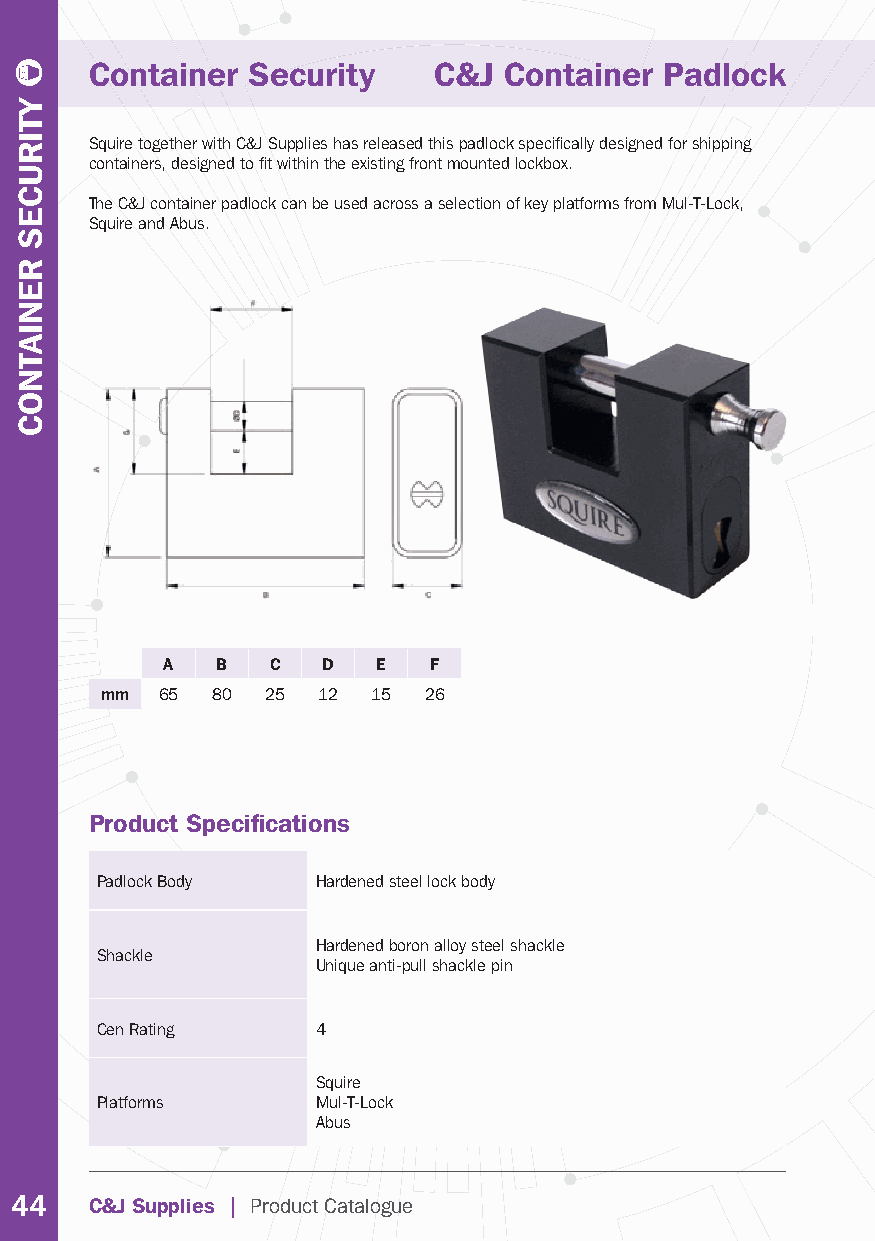
Container Security     C&J Container  Padlock
 Squire together with C&J Supplies has released this padlock specifi cally designed for shipping
 containers, designed to fi t within the existing front mounted lockbox.
 The C&J container padlock can be used across a selection of key platforms from Mul-T-Lock,
 Squire and Abus.
 A  B   C  D   E  F
 mm 65  80  25 12  15 26
 Product Specifi cations
 Padlock Body   Hardened steel lock body
 Hardened boron alloy steel shackle
 Shackle
 Unique anti-pull shackle pin
 Cen Rating     4
 Squire
 Platforms      Mul-T-Lock
 Abus
 44   C&J Supplies | Product Catalogue
 YTIRUCES
 RENIATNOC